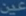
عَدْلُ